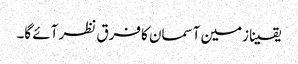
یقینا زمین آسمان کا فرق نظر آئے گا۔